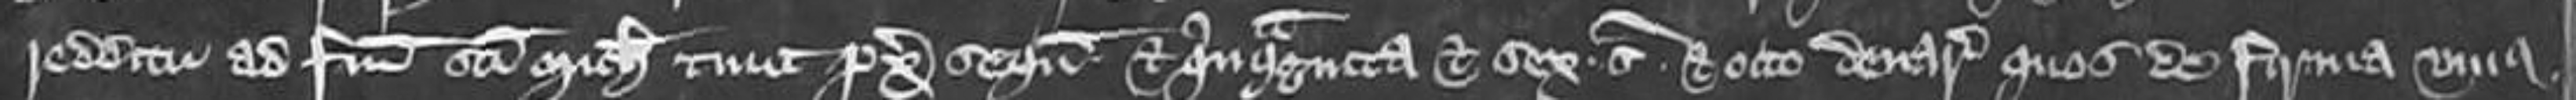
redditu ad festum sancti Michaelis tunc proximo sequens et quinquaginta et sex solidos et octo denarios quos de firma unius